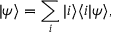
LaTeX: | \psi \rangle = \sum _ { i } | i \rangle \langle i | \psi \rangle ,